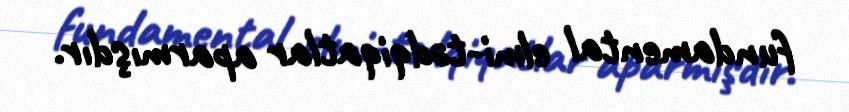
fundamental elmi-tədqiqatlar aparmışdır.